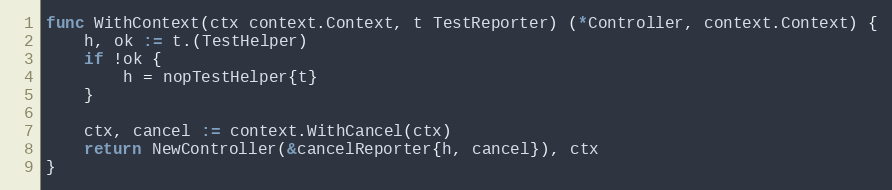
Language: Go
func WithContext(ctx context.Context, t TestReporter) (*Controller, context.Context) {
	h, ok := t.(TestHelper)
	if !ok {
		h = nopTestHelper{t}
	}

	ctx, cancel := context.WithCancel(ctx)
	return NewController(&cancelReporter{h, cancel}), ctx
}